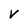
Character: V